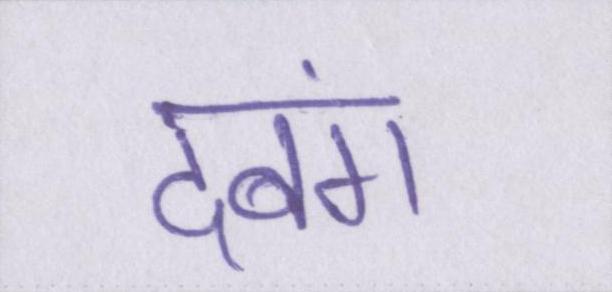
दबंग